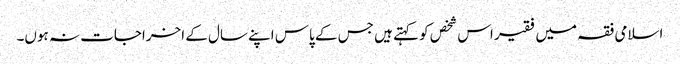
اسلامی فقہ میں فقیر اس شخص کو کہتے ہیں جس کے پاس اپنے سال کے اخراجات نہ ہوں۔